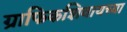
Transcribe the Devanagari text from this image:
ग्राफिकशिवायच्या